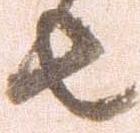
者